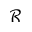
\mathcal { R }